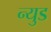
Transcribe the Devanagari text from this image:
न्युड